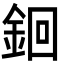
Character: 䤧